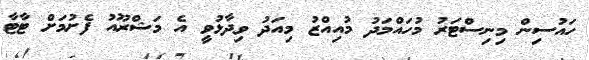
ހައުސިން މިނިސްޓަރު މުހައްމަދު މުއިއްޒު މިއަދު ވިދާޅުވީ އެ މަޝްރޫއު ފެށުމަށް ޓާޓާ